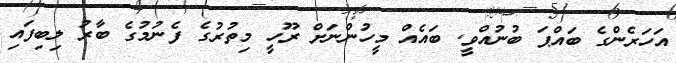
އަހަރެންގެ ބައްޕަ ބުނުއްވީ